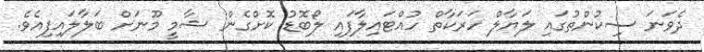
ދެވަނަ ސިކުންތުގައި ލަޔާލް ހަރަކާތް ހުއްޓައިލާފައި ލޯބޮޑު ކޮށްގެން ޝާމީ މޫނަށް ބަލާލައިފިއެވެ.